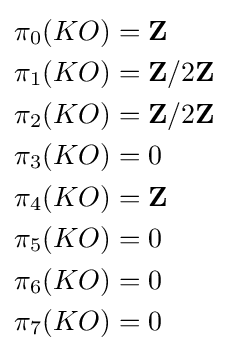
{\begin{aligned}\pi _{0}(KO)&=\mathbf {Z} \\\pi _{1}(KO)&=\mathbf {Z} /2\mathbf {Z} \\\pi _{2}(KO)&=\mathbf {Z} /2\mathbf {Z} \\\pi _{3}(KO)&=0\\\pi _{4}(KO)&=\mathbf {Z} \\\pi _{5}(KO)&=0\\\pi _{6}(KO)&=0\\\pi _{7}(KO)&=0\end{aligned}}